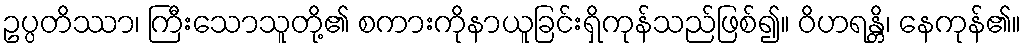
ဥပ္ပတိဿာ၊ ကြီးသောသူတို့၏ စကားကိုနာယူခြင်းရှိကုန်သည်ဖြစ်၍။ ဝိဟရန္တိ၊ နေကုန်၏။